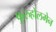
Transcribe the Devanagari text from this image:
फुरुहोलमेन